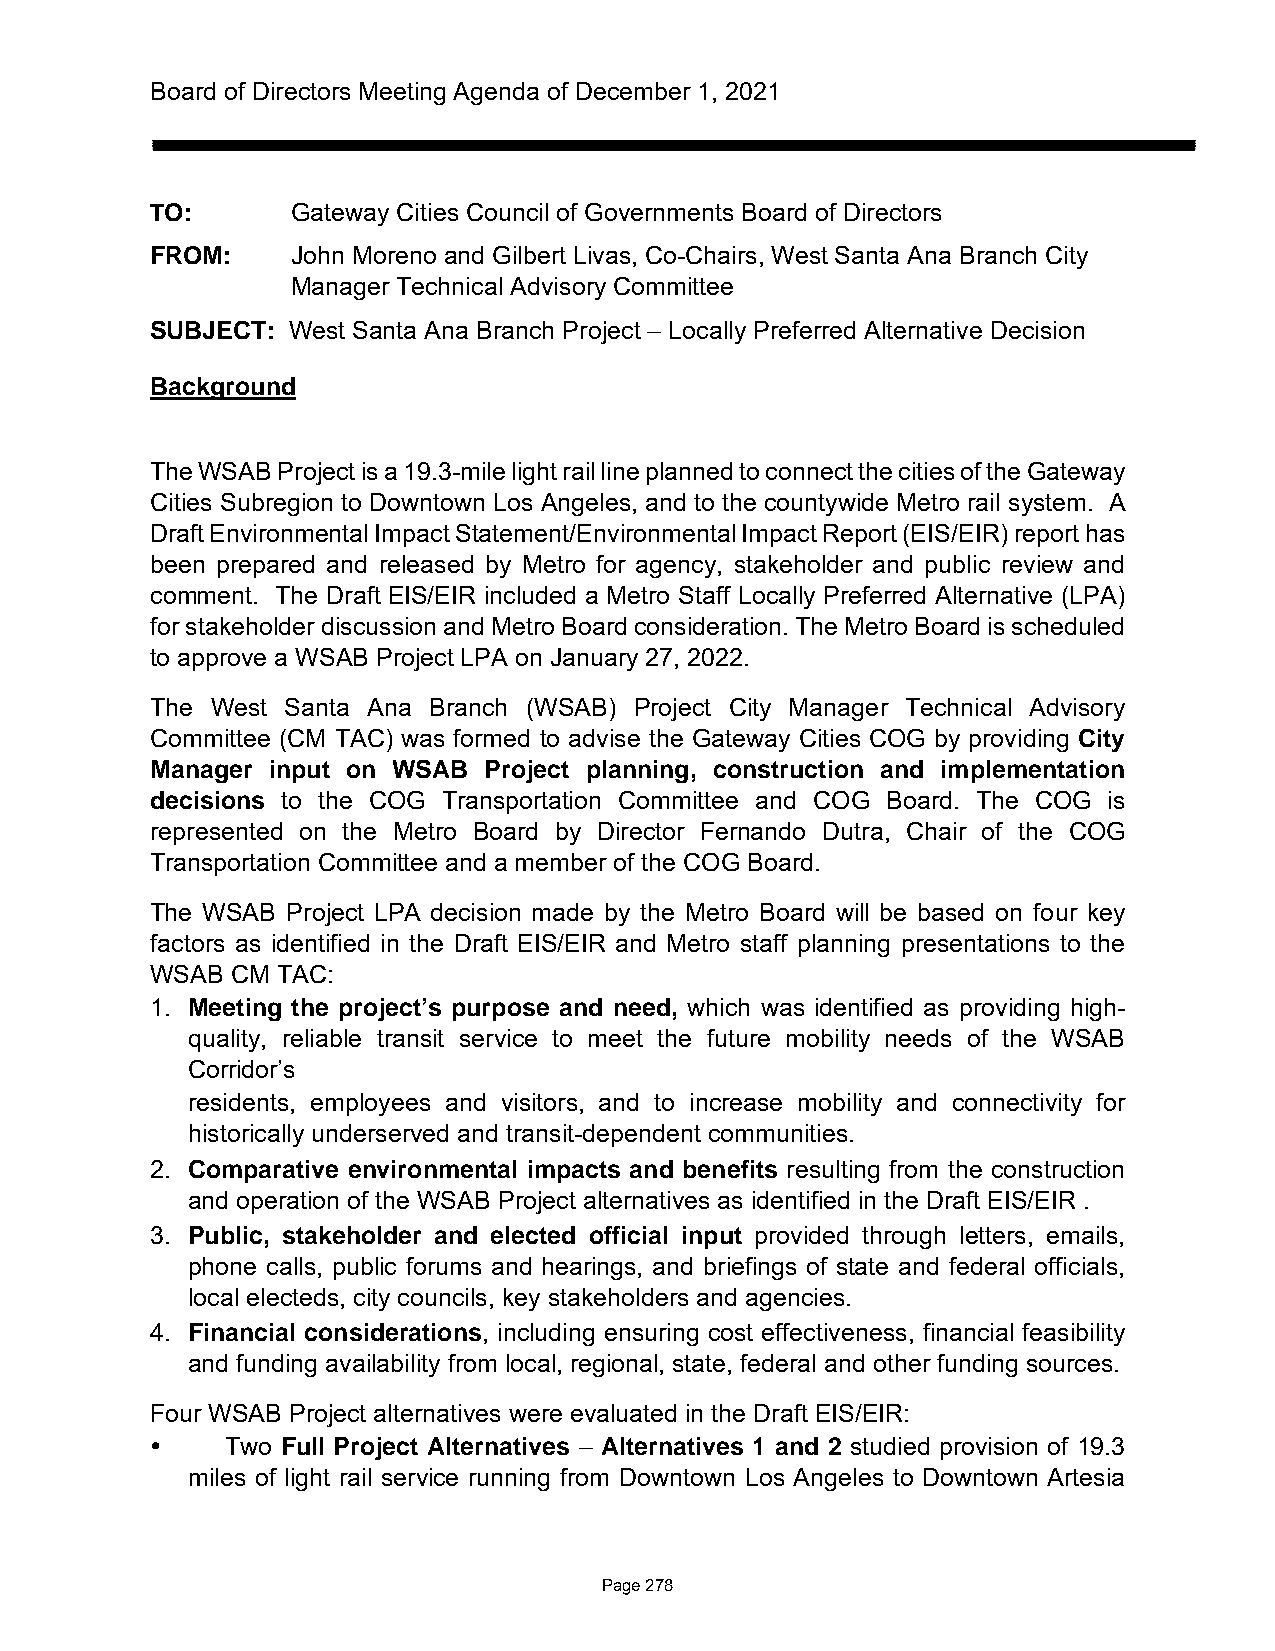
Board of Directors Meeting Agenda of December 1, 2021
 TO:      Gateway Cities Council of Governments Board of Directors
 FROM:    John Moreno and Gilbert Livas, Co-Chairs, West Santa Ana Branch City
 Manager Technical Advisory Committee
 SUBJECT: West Santa Ana Branch Project – Locally Preferred Alternative Decision
 Background
 The WSAB Project is a 19.3-mile light rail line planned to connect the cities of the Gateway
 Cities Subregion to Downtown Los Angeles, and to the countywide Metro rail system. A
 Draft Environmental Impact Statement/Environmental Impact Report (EIS/EIR) report has
 been prepared and released by Metro for agency, stakeholder and public review and
 comment. The Draft EIS/EIR included a Metro Staff Locally Preferred Alternative (LPA)
 for stakeholder discussion and Metro Board consideration. The Metro Board is scheduled
 to approve a WSAB Project LPA on January 27, 2022.
 The West Santa Ana Branch (WSAB) Project City Manager Technical Advisory
 Committee (CM TAC) was formed to advise the Gateway Cities COG by providing City
 Manager input on WSAB Project planning, construction and implementation
 decisions to the COG Transportation Committee and COG Board. The COG is
 represented on the Metro Board by Director Fernando Dutra, Chair of the COG
 Transportation Committee and a member of the COG Board.
 The WSAB Project LPA decision made by the Metro Board will be based on four key
 factors as identified in the Draft EIS/EIR and Metro staff planning presentations to the
 WSAB CM TAC:
 1. Meeting the project’s purpose and need, which was identified as providing high-
 quality, reliable transit service to meet the future mobility needs of the WSAB
 Corridor’s
 residents, employees and visitors, and to increase mobility and connectivity for
 historically underserved and transit-dependent communities.
 2. Comparative environmental impacts and benefits resulting from the construction
 and operation of the WSAB Project alternatives as identified in the Draft EIS/EIR .
 3. Public, stakeholder and elected official input provided through letters, emails,
 phone calls, public forums and hearings, and briefings of state and federal officials,
 local electeds, city councils, key stakeholders and agencies.
 4. Financial considerations, including ensuring cost effectiveness, financial feasibility
 and funding availability from local, regional, state, federal and other funding sources.
 Four WSAB Project alternatives were evaluated in the Draft EIS/EIR:
     Two Full Project Alternatives – Alternatives 1 and 2 studied provision of 19.3
 miles of light rail service running from Downtown Los Angeles to Downtown Artesia
 Page 278